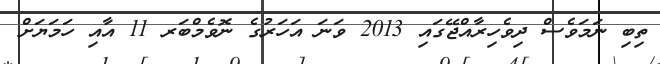
ތިބި ނަމަވެސް ދިވެހިރާއްޖޭގައި 2013 ވަނަ އަހަރުގެ ނޮވެމްބަރ 11 އާއި ހަމަޔަށް